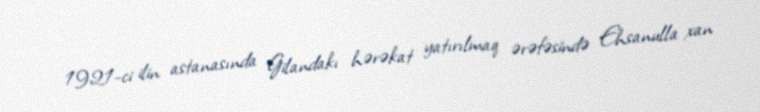
1921-ci ilin astanasında Gilandakı hərəkat yatırılmaq ərəfəsində Ehsanulla xan